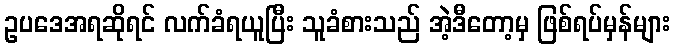
ဥပဒေအရဆိုရင် လက်ခံရယူပြီး သူခံစားသည် အဲ့ဒီတော့မှ ဖြစ်ရပ်မှန်များ